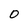
Character: 0